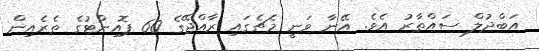
އަބްދުލް ސައްތާރު އެވެ. އޭނާ ވަނީ މެޗެގައި ރާއްޖޭގެ 60 ޕޮއިންޓުގެ ތެރެއިން